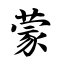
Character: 蒙